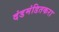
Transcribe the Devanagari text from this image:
दंडमंडितकरा